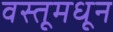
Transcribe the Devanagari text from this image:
वस्तूमधून